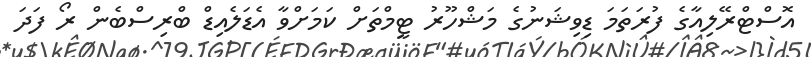
އޮސްޓްރޭލިއާގެ ފުރަތަމަ ޑިވިޝަނުގެ މަޝްހޫރު ޓީމްތަށް ކަމަށްވާ އެޑަލެއިޑް ބްރިސްބެން ރޯ ފަދަ